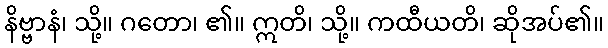
နိဗ္ဗာနံ၊ သို့။ ဂတော၊ ၏။ ဣတိ၊ သို့။ ကထီယတိ၊ ဆိုအပ်၏။